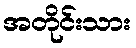
အတိုင်းသား